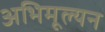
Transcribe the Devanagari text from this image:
अभिमूल्यन